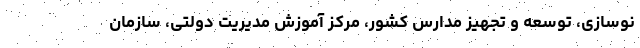
نوسازی، توسعه و تجهیز مدارس کشور، مرکز آموزش مدیریت دولتی، سازمان